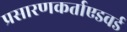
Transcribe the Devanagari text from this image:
प्रसारणकर्ताएडवर्ड